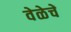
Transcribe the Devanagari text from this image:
वेळेचें